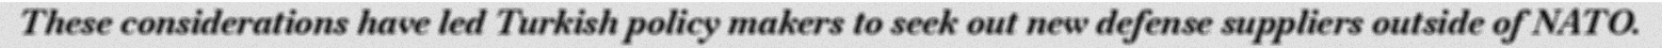
These considerations have led Turkish policy makers to seek out new defense suppliers outside of NATO.